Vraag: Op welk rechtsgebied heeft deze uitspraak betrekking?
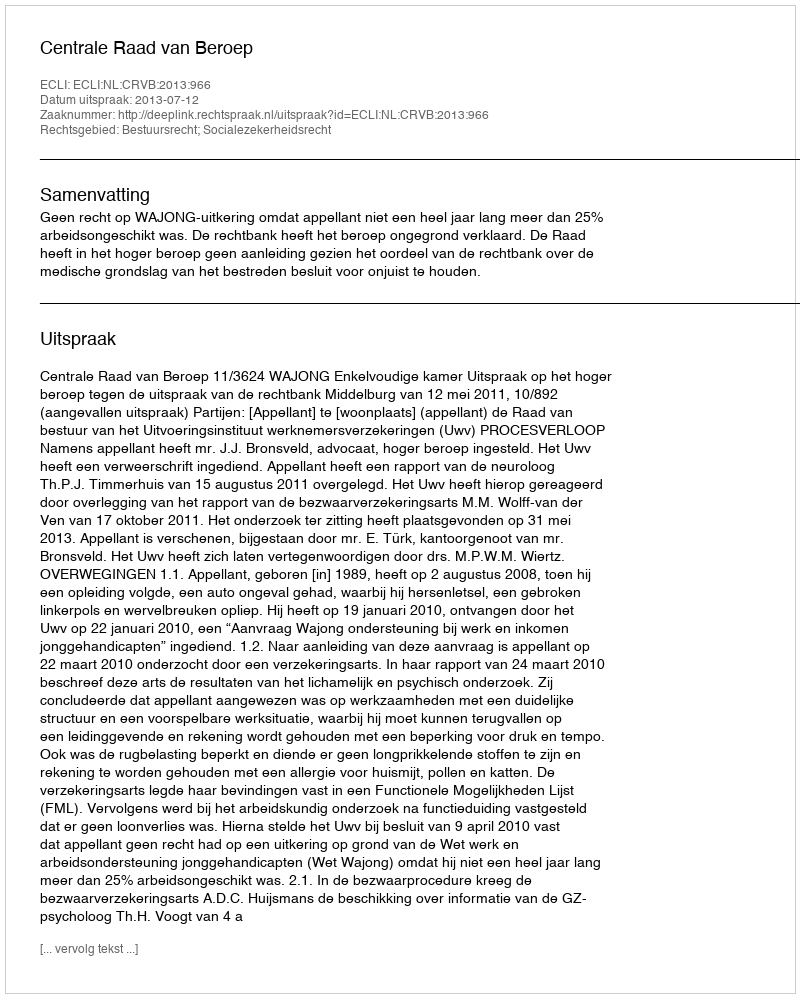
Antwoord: Bestuursrecht; Socialezekerheidsrecht